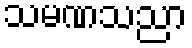
သမဏသညာ